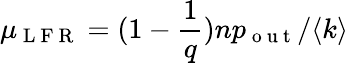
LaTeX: \mu_{\mathrm{~L~F~R~}}=(1-\frac{1}{q})np_{\mathrm{~o~u~t~}}/\langle k\rangle